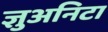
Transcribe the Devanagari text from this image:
ज्ञुअनिटा